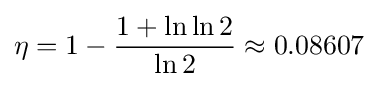
\eta =1-{\frac {1+\ln \ln 2}{\ln 2}}\approx 0.08607